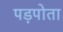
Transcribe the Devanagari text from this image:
पड़पोता